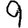
Digit: 9